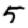
Digit: 5